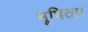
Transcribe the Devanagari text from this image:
भूषिता।